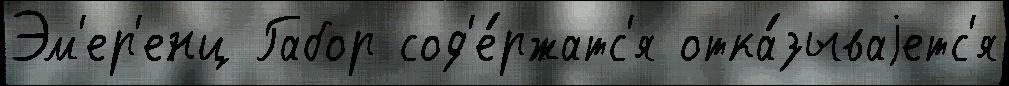
Эм'ер'енц Габор сод'е́ржатс'я отка́зываjетс'я